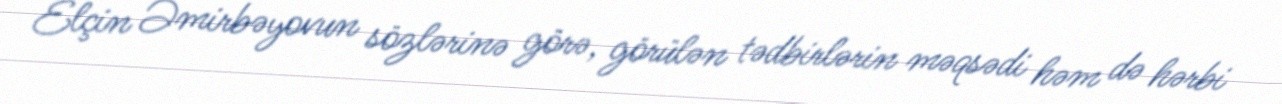
Elçin Əmirbəyovun sözlərinə görə, görülən tədbirlərin məqsədi həm də hərbi